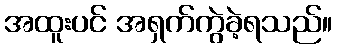
အထူးပင် အရှက်ကွဲခဲ့ရသည်။